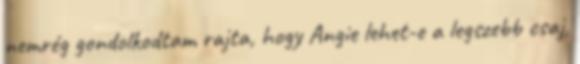
nemrég gondolkodtam rajta, hogy Angie lehet-e a legszebb csaj,